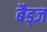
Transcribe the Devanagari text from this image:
बैड्ज